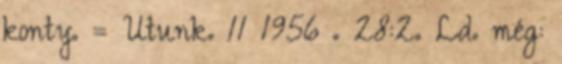
konty. = Utunk. 11 1956 . 28:2. Ld. még: